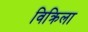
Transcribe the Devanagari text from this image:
विक्रिला